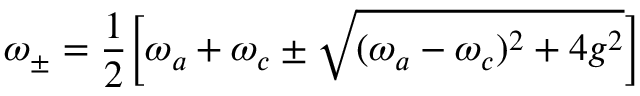
\omega _ { \pm } = \frac { 1 } { 2 } \Big [ \omega _ { a } + \omega _ { c } \pm \sqrt { ( \omega _ { a } - \omega _ { c } ) ^ { 2 } + 4 g ^ { 2 } } \Big ]